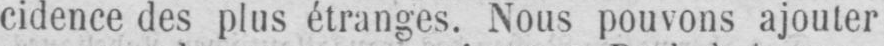
cidence des plus étranges. Nous pouvons ajouter